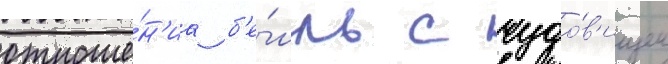
отноше́н'иа б'е́лль с чудо́в'ищем